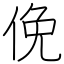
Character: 俛